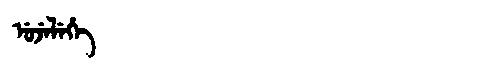
Manchu: ᡠᠵᡝᠯᡝᡥᡝ
Romanization: UJELEHE